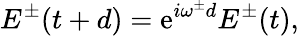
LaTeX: E^{\pm}(t+d)=\mathrm{e}^{i\omega^{\pm}d}E^{\pm}(t),